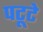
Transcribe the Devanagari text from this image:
पटूटे